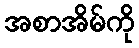
အစာအိမ်ကို